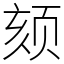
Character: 颏